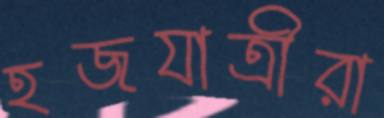
হজযাত্রীরা